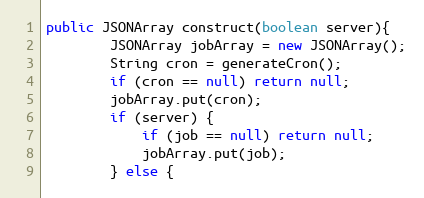
Language: Java
public JSONArray construct(boolean server){
        JSONArray jobArray = new JSONArray();
        String cron = generateCron();
        if (cron == null) return null;
        jobArray.put(cron);
        if (server) {
            if (job == null) return null;
            jobArray.put(job);
        } else {